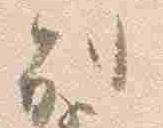
別